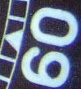
60